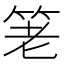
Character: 䇭